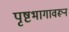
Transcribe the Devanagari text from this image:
पृष्टभागावरून